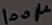
Text: 100µ